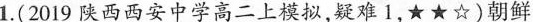
1.(2019陕西西安中学高二上模拟，疑难1，★★☆)朝鲜